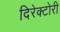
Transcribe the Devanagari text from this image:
दिरेक्टोरी